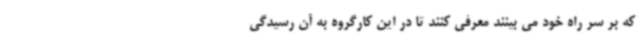
که بر سر راه خود می بینند معرفی کنند تا در این کارگروه به آن رسیدگی